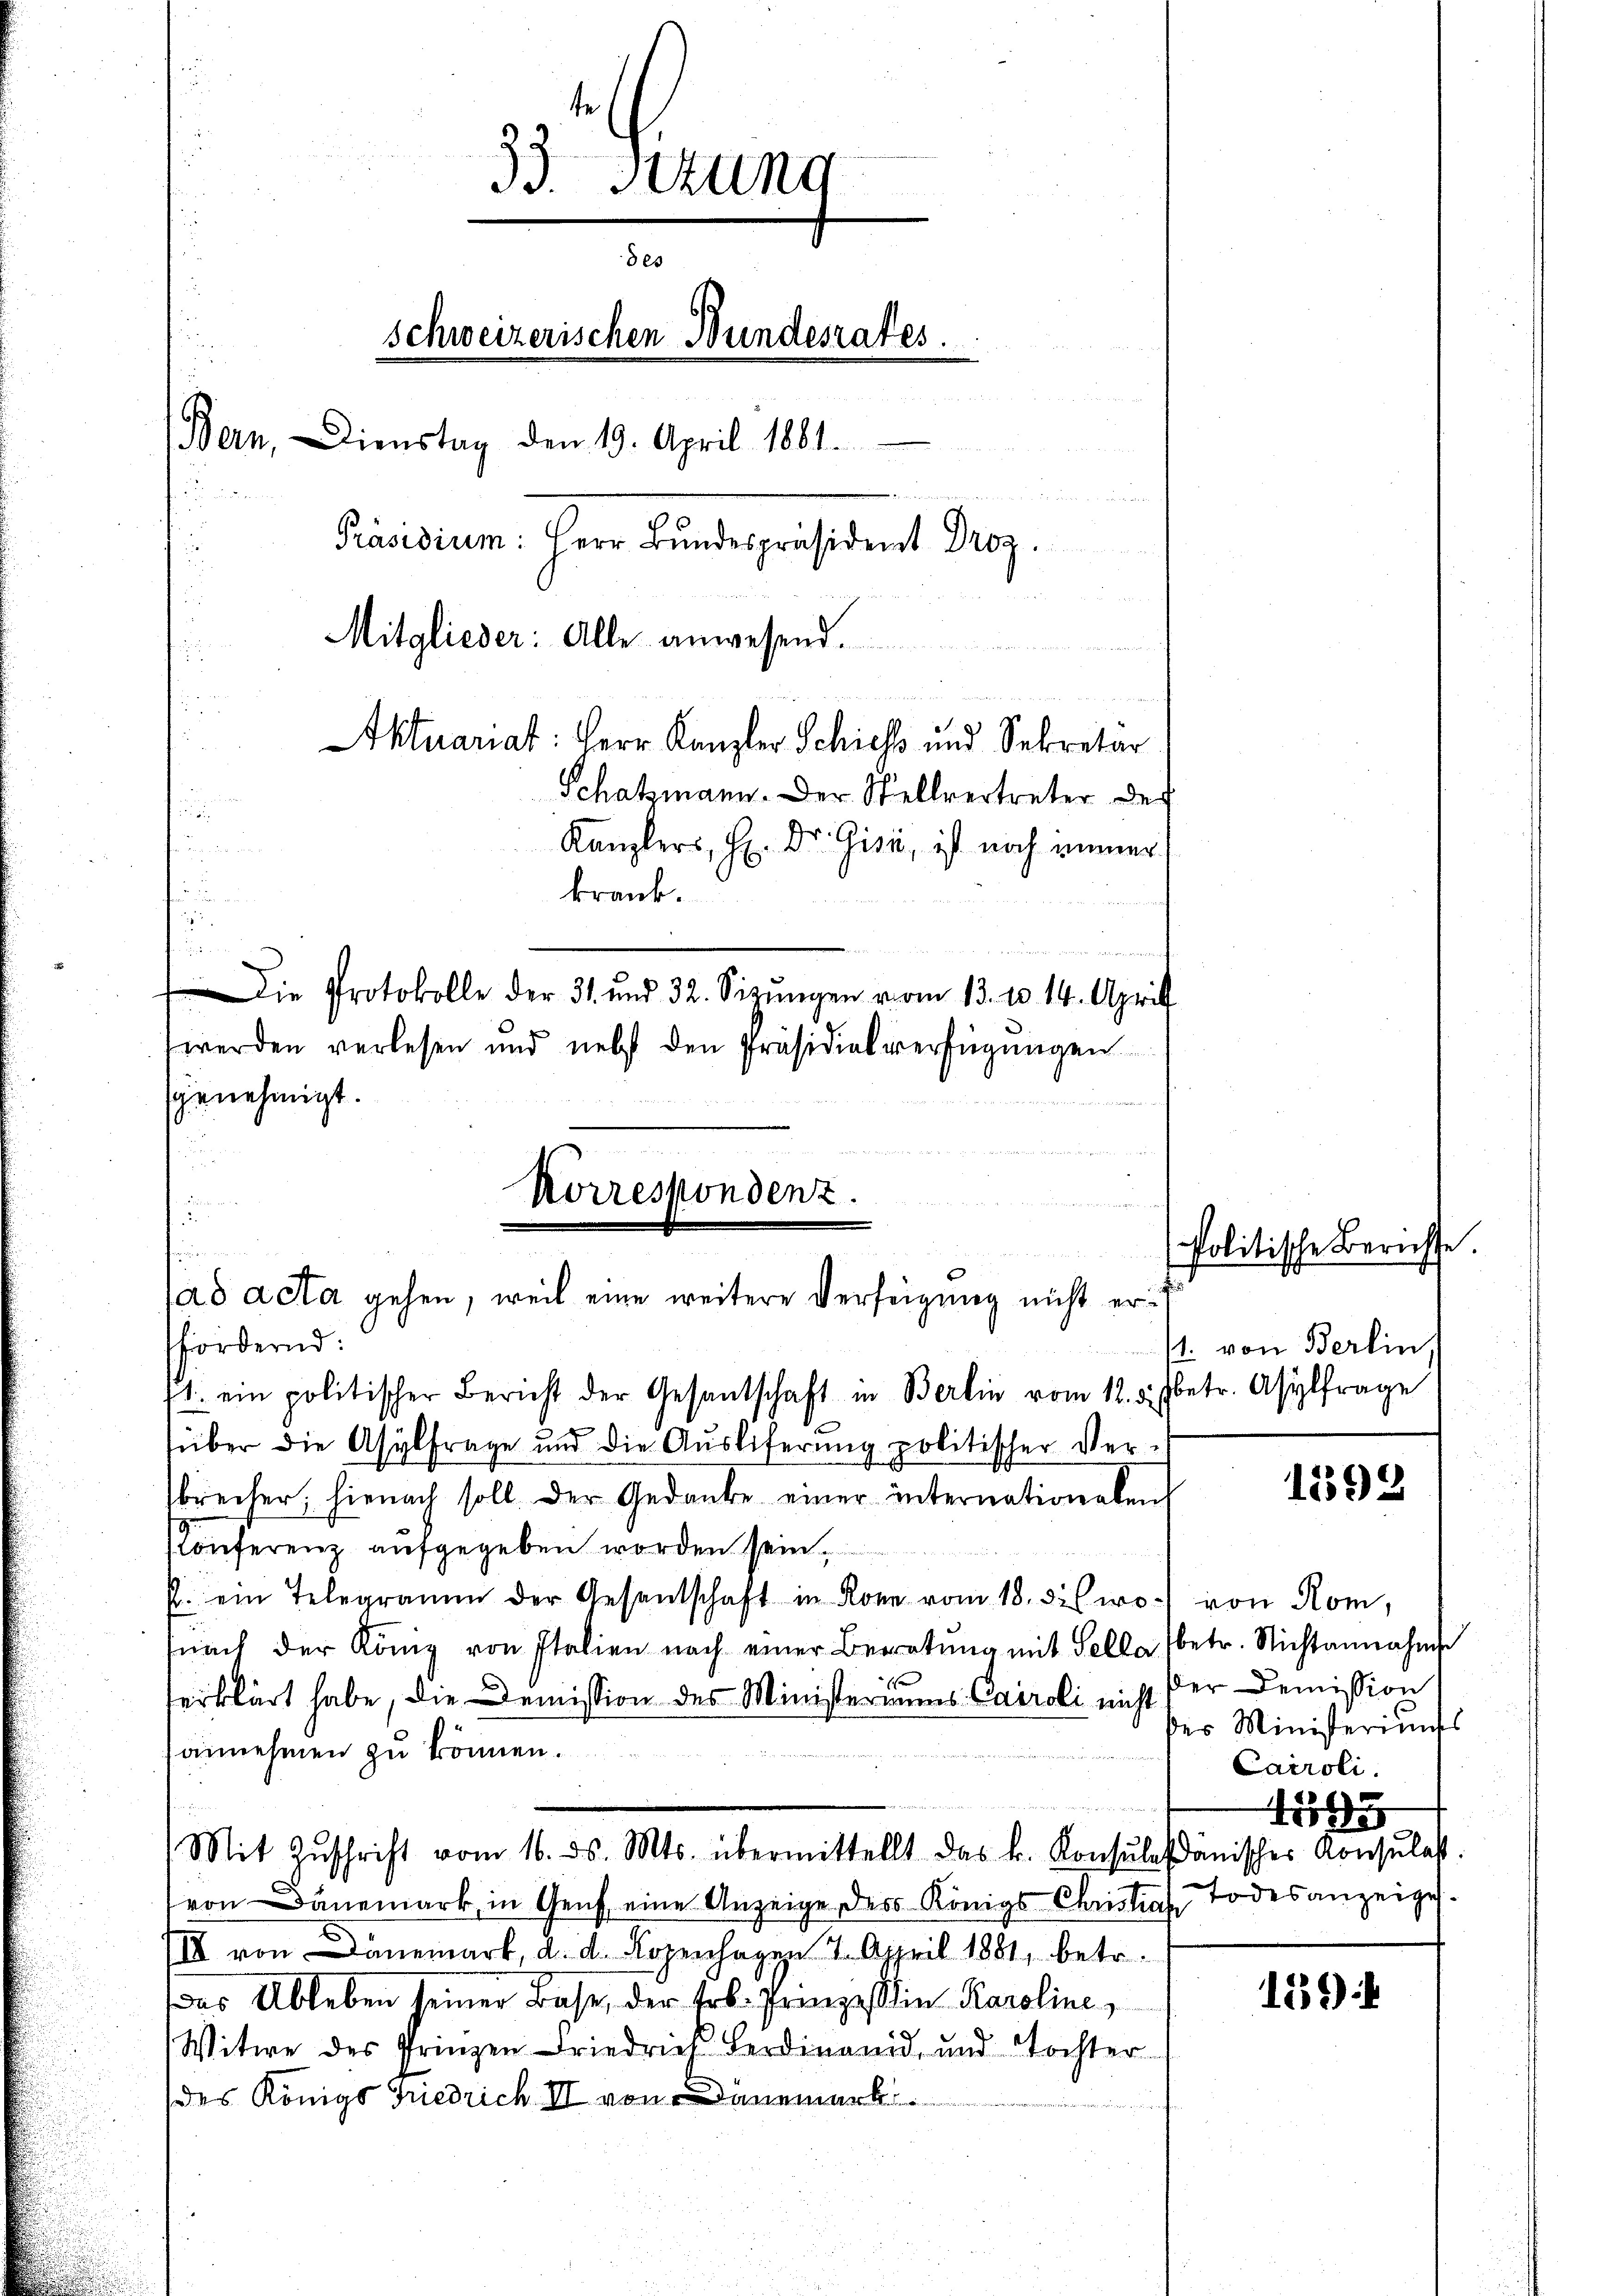
33. stung
8es
schweizerischen Bundesrates.
Bern, Dienstag den 19. April 1881.
Präsidium: Herr Bŭndespräsident Droz.
Mitglieder: Alle anwesend.
u
Aktuariat: Herr Kanzler Schiess und Sekretär
Schatzmann. Der Stellvertreter der
.
n
Kanzlers, H. Dr. Gisi, ist noch immer

krank.
e

Die Protokolle der 31. und 32. Seizŭngen vom 13. 10. 14. Aprill
werden verlesen und nebst den Präsidialverfügungen
genehmigt.

Korrespondenz.
.

ad acta gehen, weil eine weitere Verfügung nicht erfördernd:
1. ein politischer Bericht der Gesantschaft in Berlin vom 12. v. J. betr. Asylfrage

über die Asylfrage und die Auslieferung politischer Ver-
brecher, hienach soll. Der Gedanke einer internationalen
Conferenz aufgegeben worden sein.
. ein Telegramm der Gesantschaft in Korn vom 18. des wo von Rom,
fnach der König von Italien nach einer Beratŭng mit Sella (betr. Nichtannahme
erklärt habe, die Demission des Ministeriums Cairoli nicht der Demission
annehmen zu können.
Mit Zŭschrift vom 16. ds. Mts. übermittellt das k. Konsŭlasdänisches Konsulast
von Dänemark, in Genf eine Anzeige des Königs Christias Todesanzeige
II von anemark, d. d. Kopenhagen 7. April 1881, betr.
as Ableben seiner Base, der Frk. Prinzessin Karoline,
Witwe des Prinzen Friedrich Ferdinand und Tochter
des Königs Friedrich II von Dänemark

Politische Berichte.
1. von Berlin.

1592

des Ministeriums
Caroli
D
495

159)